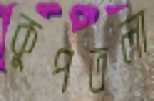
কুপতলা